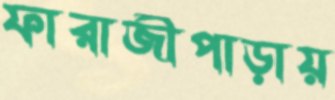
ফারাজীপাড়ায়